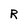
Character: R